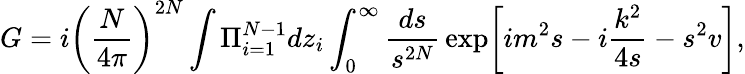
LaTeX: G=i\left(\frac{N}{4\pi}\right)^{2N}\int\Pi_{i=1}^{N-1}dz_{i}\int_{0}^{\infty}\frac{ds}{s^{2N}}\, \mathrm{exp}\biggl[im^{2}s-i\frac{k^{2}}{4s}-s^{2}v\biggr],